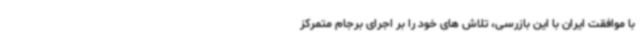
با موافقت ایران با این بازرسی، تلاش های خود را بر اجرای برجام متمرکز